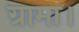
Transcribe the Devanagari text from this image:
ग्रामा।